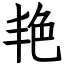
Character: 艳